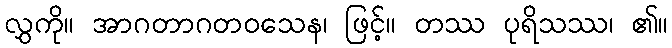
လွှကို။ အာဂတာဂတဝသေန၊ ဖြင့်။ တဿ ပုရိသဿ၊ ၏။